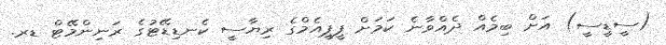
(ސީޑީސީ) އަށް ބިމެއް ދެއްވާނެ ކަމަށް ޕީޕީއެމްގެ ރިޔާސީ ކެނޑިޑޭޓުގެ ރަނިންމޭޓް ޑރ.